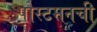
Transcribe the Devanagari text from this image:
पोस्टमनची